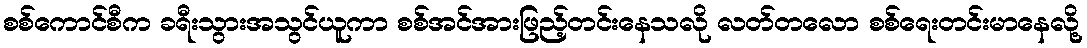
စစ်ကောင်စီက ခရီးသွားအသွင်ယူကာ စစ်အင်အားဖြည့်တင်းနေသလို လတ်တလော စစ်ရေးတင်းမာနေလို့